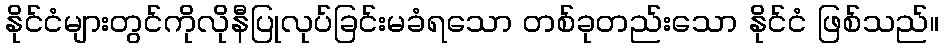
နိုင်ငံများတွင်ကိုလိုနီပြုလုပ်ခြင်းမခံရသော တစ်ခုတည်းသော နိုင်ငံ ဖြစ်သည်။